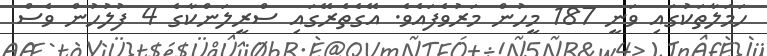
ހަމަލާތަކުގައި ވަނީ 187 މީހުން މަރުވެފައެވެ. އޭގެތެރޭގައި ސްރީލަންކާގެ 4 ފުލުހުން ވެސް